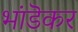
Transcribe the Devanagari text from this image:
भांडॆकर